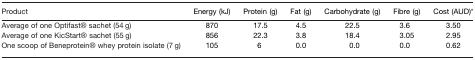
<table><thead><tr><td><b>Product</b></td><td><b>Energy (kJ)</b></td><td><b>Protein (g)</b></td><td><b>Fat (g)</b></td><td><b>Carbohydrate (g)</b></td><td><b>Fibre (g)</b></td><td><b>Cost (AUD)*</b></td></tr></thead><tbody><tr><td>Average of one Optifast® sachet (54 g)</td><td>870</td><td>17.5</td><td>4.5</td><td>22.5</td><td>3.6</td><td>3.50</td></tr><tr><td>Average of one KicStart® sachet (55 g)</td><td>856</td><td>22.3</td><td>3.8</td><td>18.4</td><td>3.05</td><td>2.95</td></tr><tr><td>One scoop of Beneprotein® whey protein isolate (7 g)</td><td>105</td><td>6</td><td>0.0</td><td>0.0</td><td>0.0</td><td>0.62</td></tr></tbody></table>